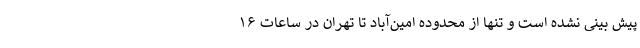
پیش بینی نشده است و تنها از محدوده امین‌آباد تا تهران در ساعات ۱۶